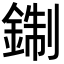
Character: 𨨪